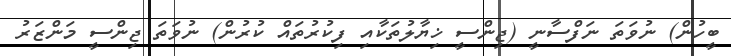
ބީހުން) ނުވަތަ ނަފްސާނީ (ޖިންސީ ޚިޔާލުތަކާއި ފިކުރުތައް ކުރުން) ނުވަތަ ޖިންސީ މަންޒަރު